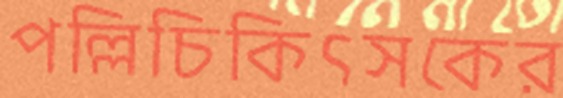
পল্লিচিকিৎসকের